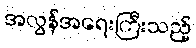
အလွန်အရေးကြီးသည့်